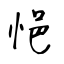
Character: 悒